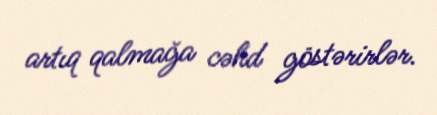
artıq qalmağa cəhd göstərirlər.